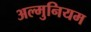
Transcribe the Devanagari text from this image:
अल्मुनियम